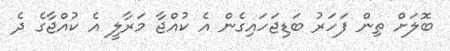
ބޮލަށް ތިން ފަހަރު ބަޑިޖަހައިގެން އެ ކުއްޖާ މަރާލީ އެ ކުއްޖާގެ ދެ